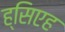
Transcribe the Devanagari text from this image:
ह्सिएह